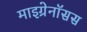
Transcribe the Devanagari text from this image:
माइग्रेनॉसस